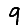
Digit: 9